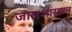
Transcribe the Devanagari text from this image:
जालशास्त्रात